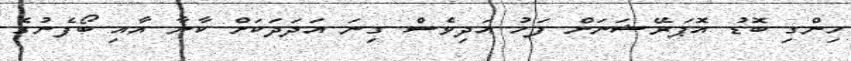
ހިންގި ބޮޑު އޮޕަރޭޝަނަށް ފަހު އަދިވެސް ގިނަ އަދަދަކަށް ކާނާ އާއި ބޯފެނުގެ